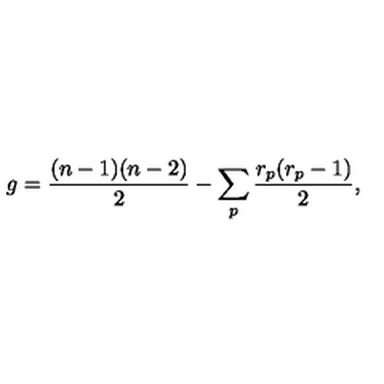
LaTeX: g = \frac { ( n - 1 ) ( n - 2 ) } { 2 } - \sum _ { p } \frac { r _ { p } ( r _ { p } - 1 ) } { 2 } ,